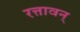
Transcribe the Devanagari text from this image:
रत्तावन्